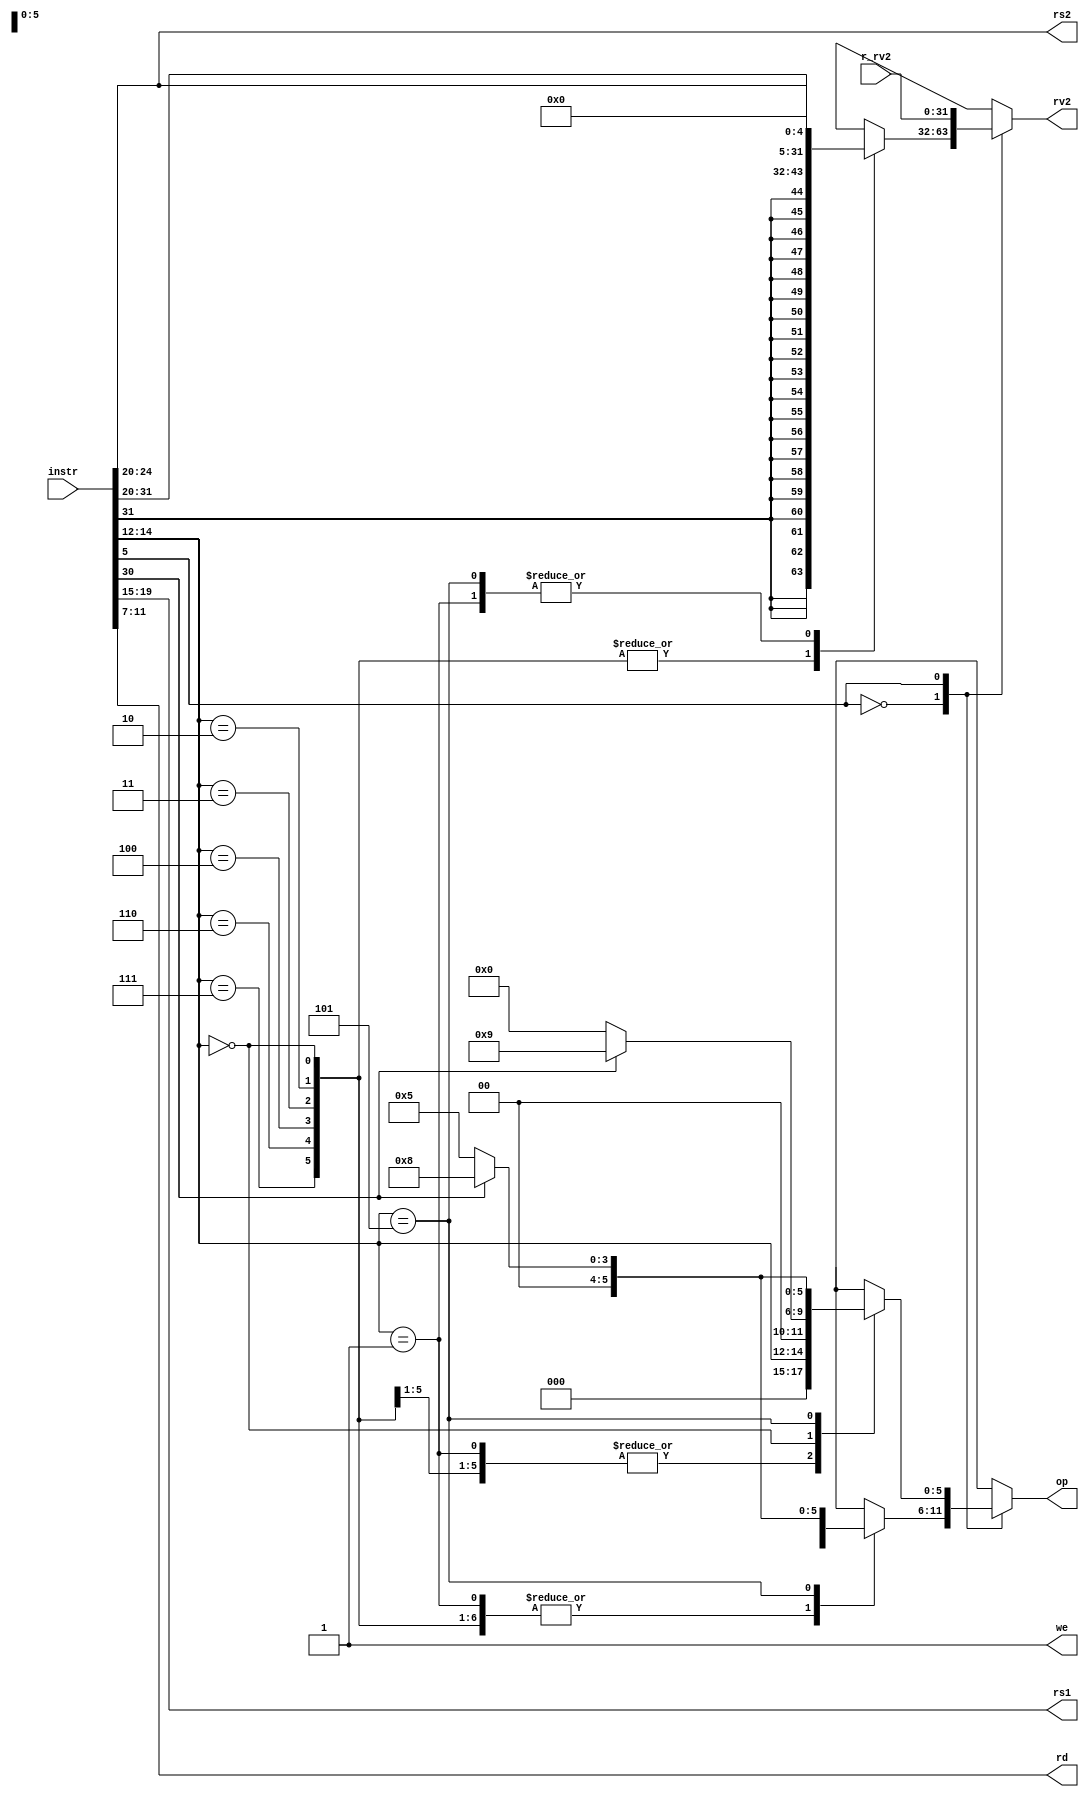
//**************************************************************
// Assignment 3
// Description: Instruction Decoder
//              - Temporary decoder: only for ALU ops
//
//**************************************************************

module dummydecoder ( input [31:0] instr,  // Full 32-b instruction
                      output [5:0] op,     // some operation encoding of your choice
                      output [4:0] rs1,    // First operand
                      output [4:0] rs2,    // Second operand
                      output [4:0] rd,     // Output reg
                      input  [31:0] r_rv2, // From RegFile
                      output [31:0] rv2,   // To ALU
                      output we            // Write to reg
                    );

    // using intermediate registers to perform operations, for rv2, op
    reg [31:0] rv2_r;
    reg [5:0] op_r;

    // using localparam for readability
    localparam IMM_type = 1'b0;
    localparam REG_type = 1'b1;

    // funct3 field of instruction
    wire [2:0] funct3_w;
    assign funct3_w = instr[14:12];

    // imm field of instruction
    wire [31:0] immediate_w;
    assign immediate_w = {{20{instr[31]}}, instr[31:20]}; // sign-extending to 32 bits

    // shamt field of the instruction
    wire [31:0] shamt_w;
    assign shamt_w = {{27{1'b0}}, instr[24:20]}; // sign-extending to 32 bits (positive numbers only)

    ////////////////////////////////////////////////////////////////////////////////////
    // Decoder logic
    // -------------
    // *    instr[5] -> decide immediate instruction or not (0 for immediate)
    // *    funct3 -> use as opcode (T&C apply below)
    // *    if (imm_type)
    //          if (funct3 == 'b101) --> have conflict for SRLI and SRAI
    //              if (instr[30] == 1)
    //                  opcode = SRA
    //              else
    //                  opcode = SRL
    //
    // *    if (reg_type)
    //          if (funct3 == 'b000) --> have conflict for ADD, SUB
    //              if (instr[30] == 1)
    //                  opcode = ADD
    //              else
    //                  opcode = SUB
    //          else if (funct3 == 'b101) --> have conflict for SRL and SRA
    //              if (instr[30] == 1)
    //                  opcode = SRA
    //              else
    //                  opcode = SRL
    //
    // Refer to alu32.v for exact opcodes
    ////////////////////////////////////////////////////////////////////////////////////

    always @(instr, r_rv2) begin
        // classify into immediate or register type
        case (instr[5])
            // Imm type instruction
            IMM_type: begin
                case (funct3_w)
                    3'd0,
                    3'd2,
                    3'd3,
                    3'd4,
                    3'd6,
                    3'd7: begin
                        op_r = {3'd0, funct3_w};
                        rv2_r = immediate_w;
                    end
                    3'd1: begin
                        op_r = {3'd0, funct3_w};
                        rv2_r = shamt_w;
                    end
                    3'd5: begin
                        op_r = (instr[30]) ? 6'd8:6'd5;
                        rv2_r = shamt_w;
                    end
                    default: begin
                        op_r = {3'd0, funct3_w};
                        rv2_r = immediate_w;
                    end
                endcase
            end
            // Reg type instruction
            REG_type: begin
                rv2_r = r_rv2;
                case(funct3_w)
                    3'd1,
                    3'd2,
                    3'd3,
                    3'd4,
                    3'd6,
                    3'd7:
                        op_r = {3'd0, funct3_w};
                    3'd0:
                        op_r = (instr[30]) ? 6'd9:6'd0;
                    3'd5:
                        op_r = (instr[30]) ? 6'd8:6'd5;
                    default:
                        op_r = {3'd0, funct3_w};
                endcase
            end
        endcase
    end

    // assigning outputs
    assign op = op_r;
    assign rv2 = rv2_r;
    assign rs1 = instr[19:15];
    assign rs2 = instr[24:20];
    assign rd = instr[11:7];
    assign we = 1'b1;     // For only ALU ops, can always set to 1

endmodule